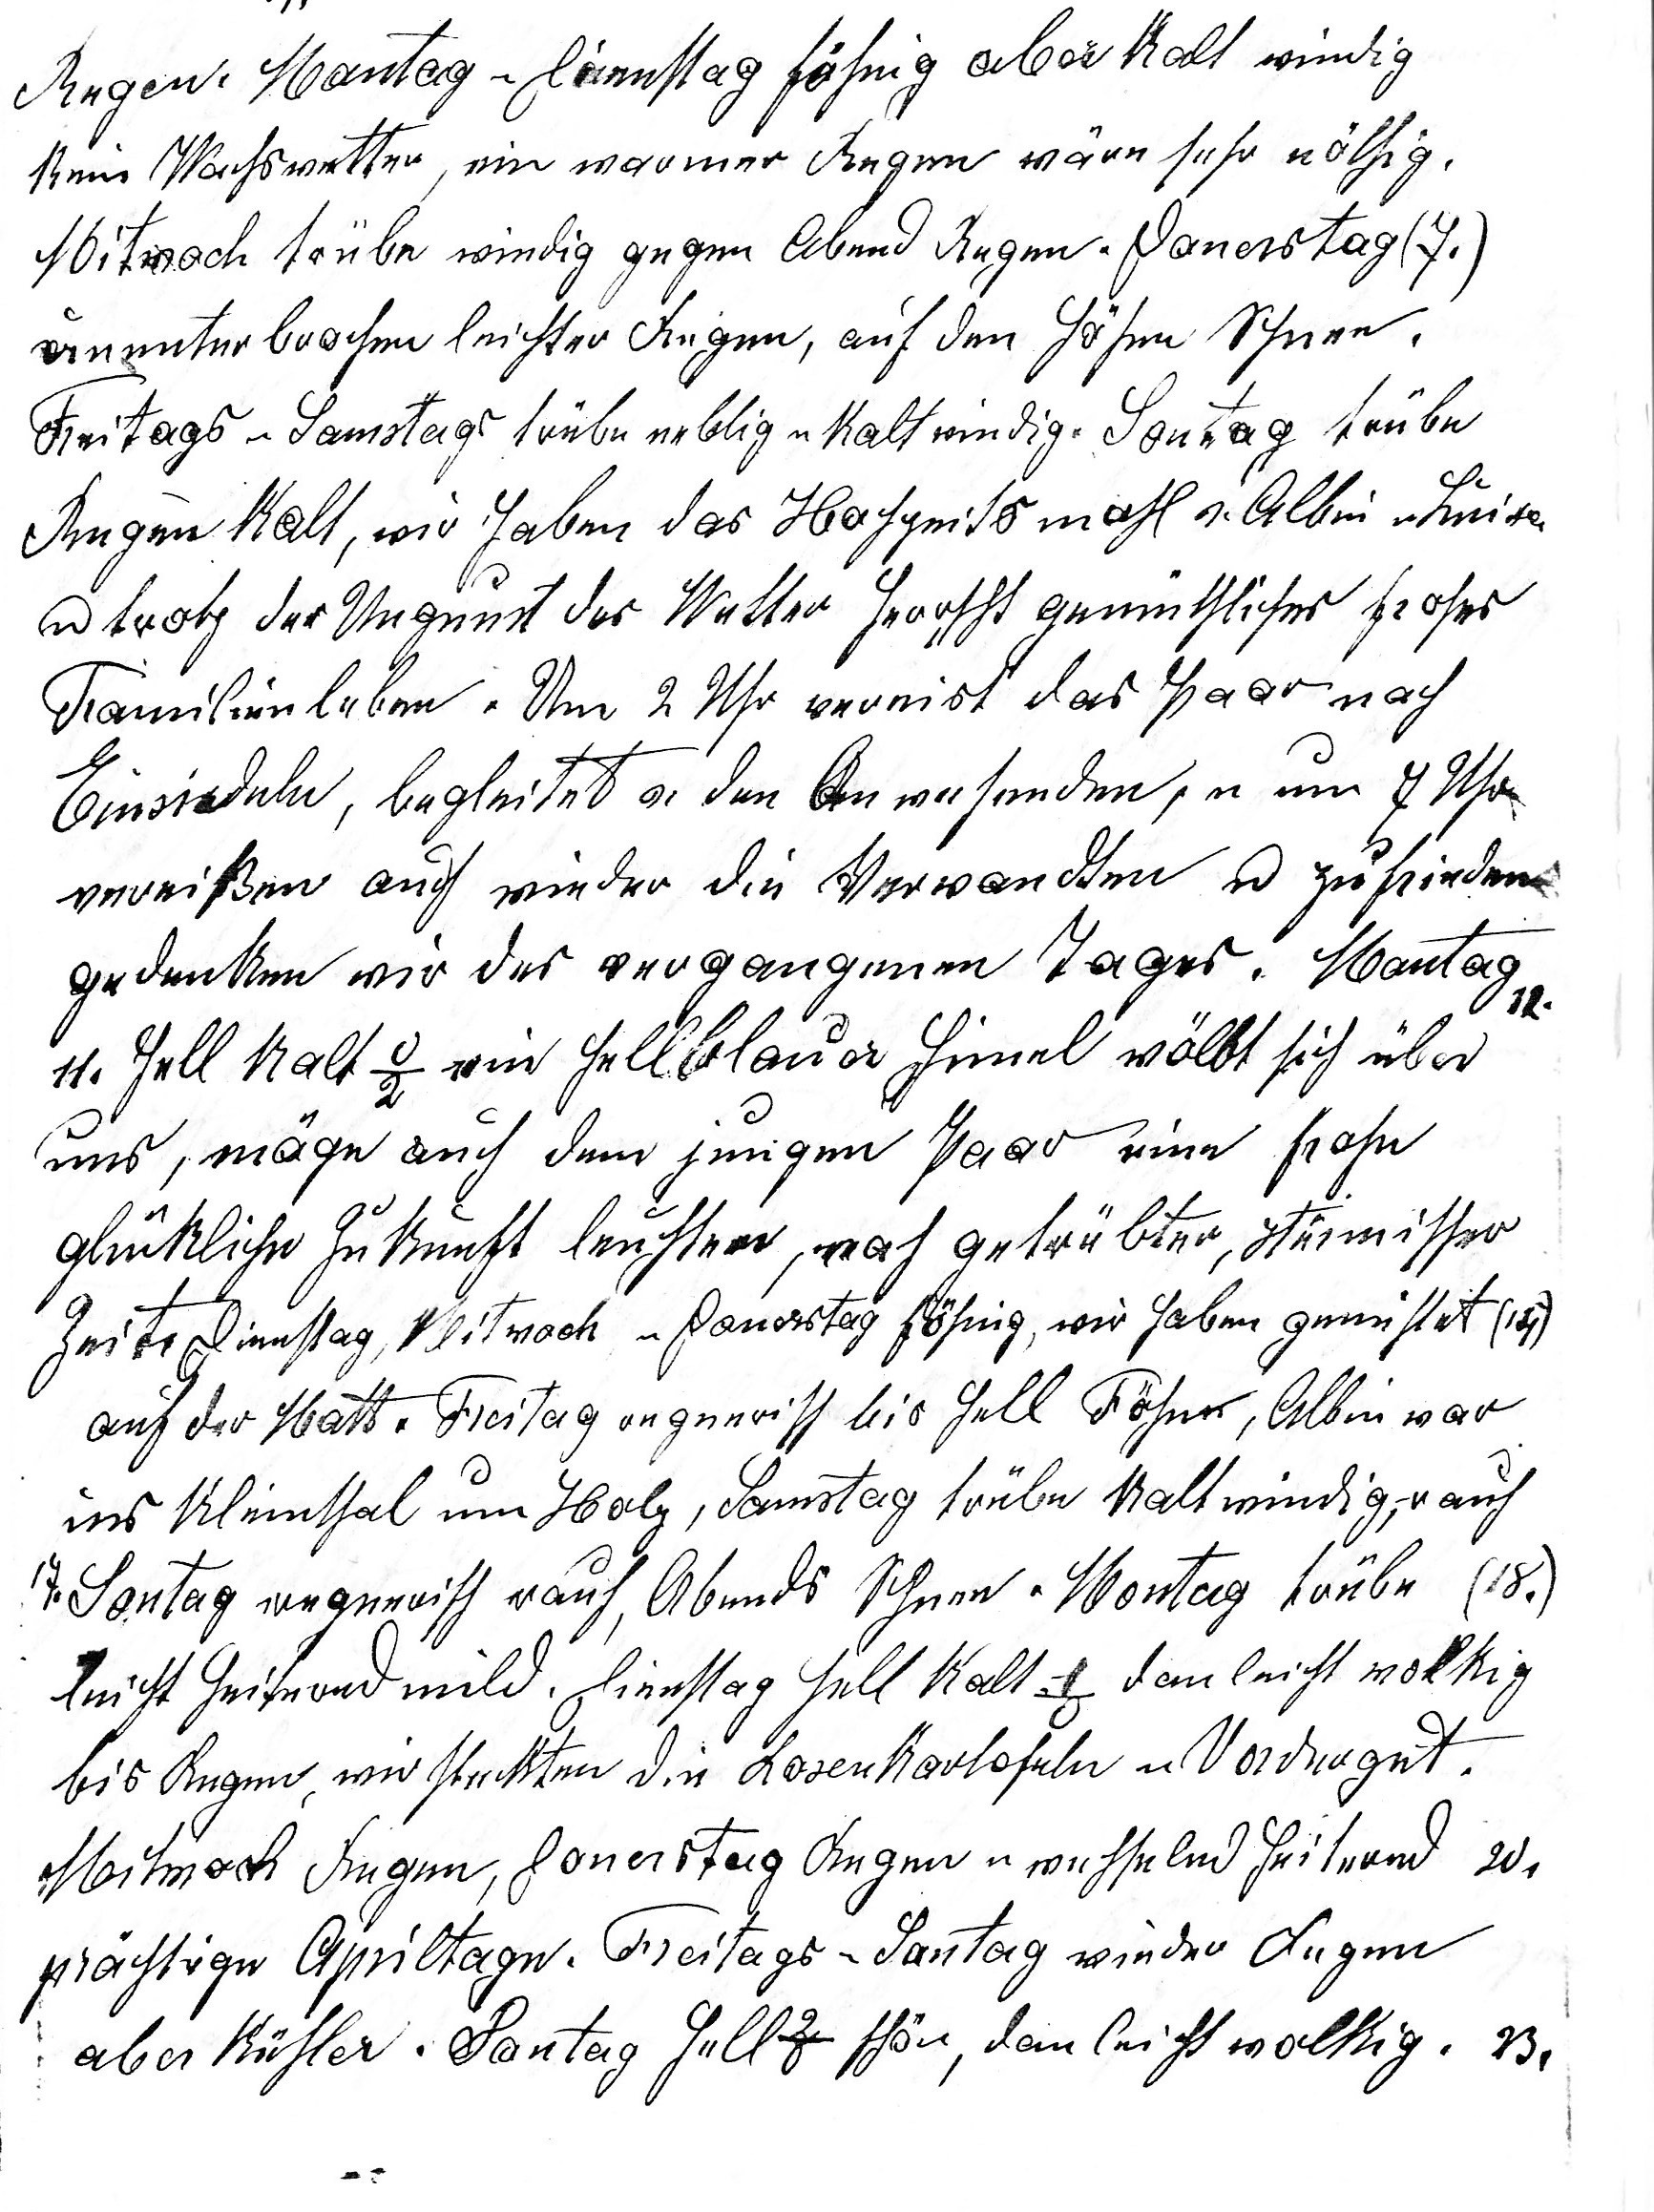
Regen. 4. Montag u Dienstag föhnig aber kalt windig
kein Wachswetter, ein war¬mer Regen wäre sehr nöthig.
Mitwoch trübe windig gegen Abend Regen. Donerstag (7.)
ununterbrochen leichter Regen, auf den Höhen Schnee.
Freitag u Samstag trübe neblig u kalt windig. Sontag trübe
Regen kalt, wir haben das Hochzeitsmahl v. Albin u Luisa
u trotz der Ungunst des Wetter herrscht gemüthliches frohes
Familienleben. Um 2 Uhr verreist das Paar nach
Einsiedeln, begleitet v. den Anwesenden, u um 7 Uhr
verreissen auch wieder die Verwandten u zufrieden
gedenken wir des vergangenen Tages. Montag

11. hell kalt -2o hellblauer Himel wölbt sich über
uns, möge auch dem jungen Paar eine frohe
glückliche Zukunft leuchten, nach getrübter, stürmischer
Zeit. Dienstag, Mitwoch u Donerstag föhnig, wir haben gemistet (14)
auf der Matt. Freitag regnerisch bis hell Föhn, Albin war
ins Kleinthal um Holz, Samstag trübe kalt windig, u auch
17. Sontag regnerisch rauh, Abends Schnee. Montag trübe (18.)
leicht heiternd mild. Dienstag hell kalt 1o dan leicht wolkig
bis Regen, wir steckten die Rosenkartofeln im Vordergut.
Mitwoch Regen, Donerstag Regen u wechselnd heiternd 20.
Präch¬tige Apriltage. Freitags u Samstag wieder Regen
aber kühler. Sontag hell 2o schön, dan leicht wolkig. 23..